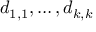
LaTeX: d _ { 1 , 1 } , \ldots , d _ { k , k }